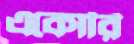
একোরি